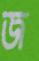
জ